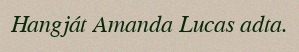
Hangját Amanda Lucas adta.